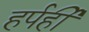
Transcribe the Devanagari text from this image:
हर्पर्ही